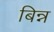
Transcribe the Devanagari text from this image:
बिन्न